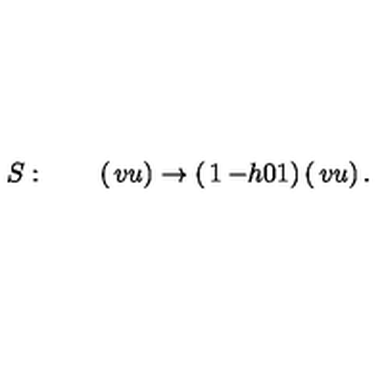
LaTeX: S : \qquad \left( \begin{matrix} { v } \\ { u } \\ \end{matrix} \right) \rightarrow \left( \begin{matrix} { 1 } & { - h } \\ { 0 } & { 1 } \\ \end{matrix} \right) \left( \begin{matrix} { v } \\ { u } \\ \end{matrix} \right) .